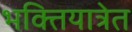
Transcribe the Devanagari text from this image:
भक्तियात्रेत